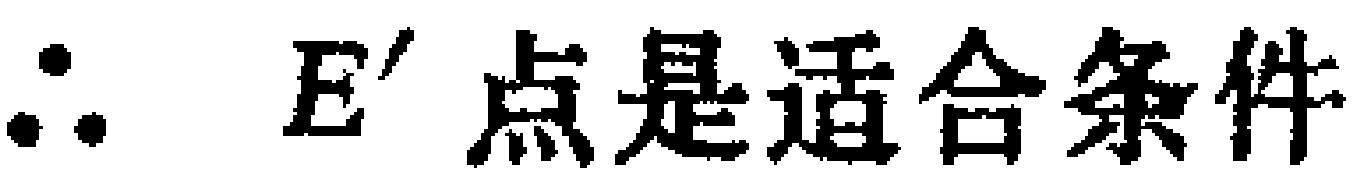
$\therefore\ E' \text{点是适合条件}$